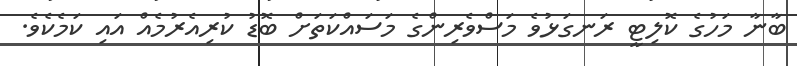
ބާނާ މަހުގެ ކޮލިޓީ ރަނގަޅުވެ މަސްވެރިންގެ މަސައްކަތަށް ބޮޑު ކުރިއެރުމެއް އައި ކަމެކެވެ.